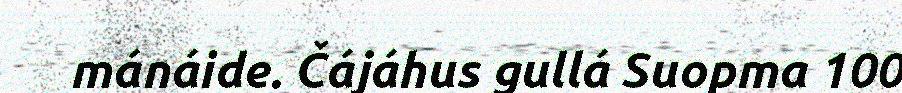
mánáide. Čájáhus gullá Suopma 100